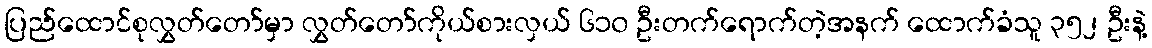
ပြည်ထောင်စုလွှတ်တော်မှာ လွှတ်တော်ကိုယ်စားလှယ် ၆၁၀ ဦးတက်ရောက်တဲ့အနက် ထောက်ခံသူ ၃၅၂ ဦးနဲ့